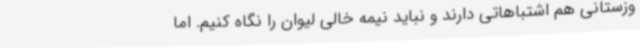
وزستانی هم اشتباهاتی دارند و نباید نیمه خالی لیوان را نگاه کنیم. اما